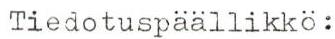
Tiedotuspäällikkö: